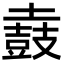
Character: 𪔌